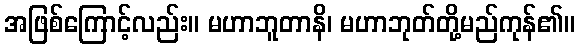
အဖြစ်ကြောင့်လည်း။ မဟာဘူတာနိ၊ မဟာဘုတ်တို့မည်ကုန်၏။